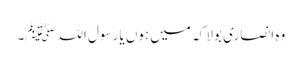
وہ انصاری بولا کہ میں ہوں یا رسول اللہﷺ۔